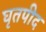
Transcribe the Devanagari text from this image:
घृतपीद